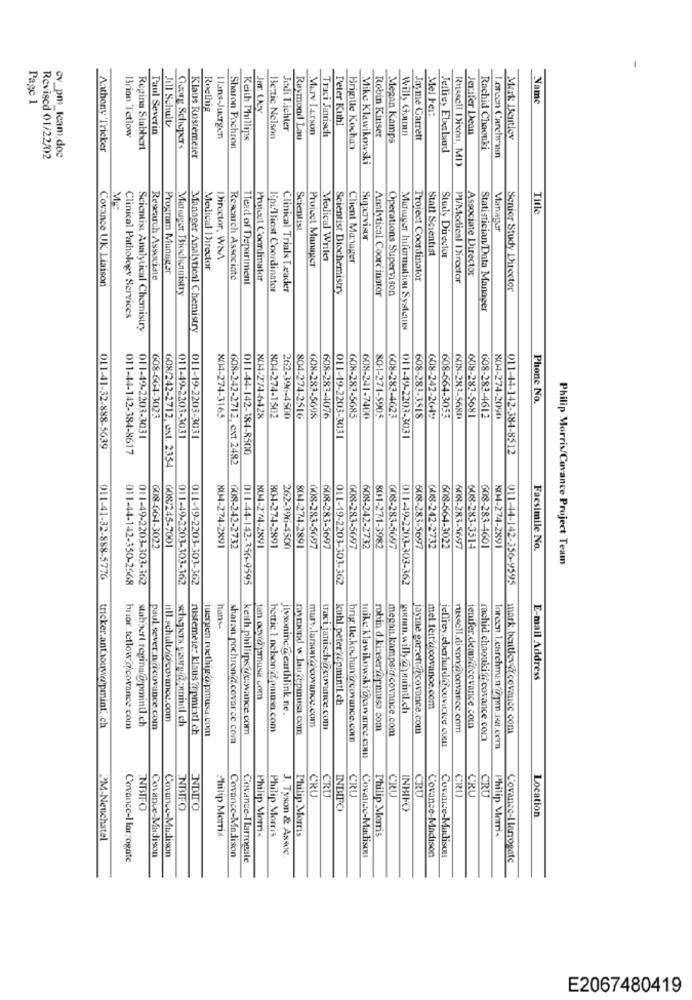
Page 1
Name
Roethig
Jar. Ucy
Peter Kuhl
Mel Fer:
Paul Severin
Jill Schultz
Jodi T.ichter
Mery Larson
Traci Janisch
Willy Gomn
Jerifer Dean
Brian Tetlow
Hans-Juergen
Keith Phillips
Bestic Nelson
Raymond Lau
Robin Kinser
Megan Kamps
Jonyme Garrett
Mark Bentley
cv_pm_tcam.doc
Anthony Tricker
Regina Stubbert
Georg Schepers
Sharon Pochron
Brigitte Kocha
Jelliey Eberlund
Rachid Chaouki
Revised 01/22/02
Klaus Rostemeier
Mike Klawikowski
Russell Dixon, MI)
1.arcen Carchraen
Title
Scientist
Supervisor
Statt Scientist
Director, WSA
Project Manager
Medical Writer
Client Manager
Study Director
Program Manager
Medical Director
Associate Director
Covance UK Liaison
Research Associate
Research Associate
TTead of Department
Project Coordinator
Project Coordinator
Pl/Medical Director
Munuger Biochemistry
lpilliost Coordinator
Clinical Trials Leader
Scientist Biochemistry
Analytical Coordinator
Operations Supervison
Senior Study Director
Statistician/Data Manager
Clinical Pathology Services
Scientist Analytical Chemistry
Manager Analytical Chemistry
Mutiger hiformation Systetres
Phone No.
804-274-3165
608-283-5685
608-283-3518
608-664-3053
608-664-3023
X04-274-6428
804-274-1502
262-396-4500
804-274-2516
GOX-283-5698
608-283-4076
608-241-7400
80-1-271-5904
608-283-4623
608-242-2649
608-283-5680
608-283-5681
608-283-4612
804-274-2090
011-19-2203-3031
011-49-2203-3031
011-49-2203-3031
011-19-2203-3031
011-49-2203-3031
011-41-32-888-5639
011-44-142-384-8617
011-44-142-384-8500
011-44-142-384-8512
GOR-242-2712, ext 2482
GOX/242-2712, ext. 2354
801-274-2891
608-283-5697
(08-664-3022
608/245-7001
804-274-2891
GOR-242-2732
804-274-2891
262-396-4500
804-274-2891
608-283-5697
608-283-5697
608-242-2732
801-271-3982
608-283-5697
508-283-5697
008-242-2732
608-664-3022
608-283-5697
608-283-3514
608-283-4601
804-274-2891
Facsimile No.
Philip Morris/Covance Project Team
011-41-32-888-5776
011-44-142-350-2568
011-49-2203-303-362
011-49-2203-303-362
011-19-2203-303-362
011-44-142-356-9595
011-19-2203-303-362
011-49-2203-303-362
011-44-142-356-9595
hans-
E-mail Address
jan. ocwopmusa.com
kuhl.peter//pmintl.ch
jtvsoninc @ earthlink.ne.
w. willy.@juintl.ch
mel feita covance.com
mars.larson @ covance.com
jenifer.dennfitcevance.com
brior tetlow.@.covance.com
paul. sever.nacovance.com
rustemeie: Klaus ?rpmi-tl.ch
juergen.roethig @;pmusa.com
keith.phillips@wowance.com
hettic.1.nelson.dpmusa.com
raymond w.lau@pmusa.com
tuci janisch @ covance.com
robin d.ki:ser @apmusa com
megan.kamps:crcovance.com
jovme garzett @covance.com
mark.bentley.cowamec. com
sharon.pochron @ covar.cc.com
brig lle.kochan.@ covance.com
rachid.chaouki covance.com
CRU
CRU
CRU
CRU
CRU
CRU
CRU
CRU
NBIFO
NBIFO
ENDITO
INDIFO
INBIFO
Location
Philip Morris
Philip Morris
Philip Morris
Philip Morris
Philip Morris
Philip Morris
PM-Neuchatel
Covanco-Madison
J. Tyson & Asse.
Covance-Madison
Covance-Madison
Covance-l larrogate
Covance-Madison
Covance-Madison
Covance-I Larrouale
Covance-Madison
Covance-l larrogate
E2067480419